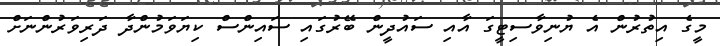
މީގެ އިތުރުން އެ ޔުނިވާސިޓީގަ އާއި ސައުދީން ބޭރުގައި ސައިންސް ކިޔަވަމުންދާ ދަރިވަރުންނަށް